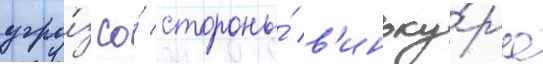
угро́з со́ стороны́ в'иноку́ра